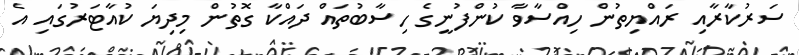
ސަރުކާރާއި ރައްޔިތުން ހިއްސާވާ ކުންފުނީގެ ހިސާބުތައް ދައްކާ ގޮތުން މިދިޔަ ކުއާޓަރުގައި އެ